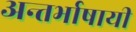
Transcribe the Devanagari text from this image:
अन्तर्भाषायी